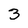
Character: 3